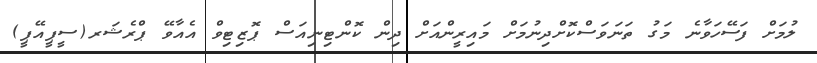
ލުމަށް ފަސޭހަވާނެ މަގު ތަނަވަސްކޮށްދިނުމަށް މައިރީންއަށް ދިން ކޮންޓިނިއަސް ޕޮޒިޓިވް އެއާވޭ ޕްރެޝަރ(ސީޕީއޭޕީ)